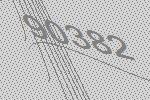
90382